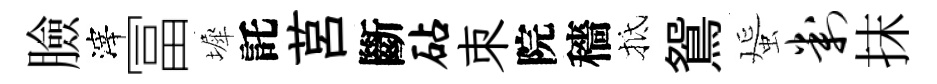
臉滓冨墀託莒斷砧朿院穡抵鴛蜑判抹